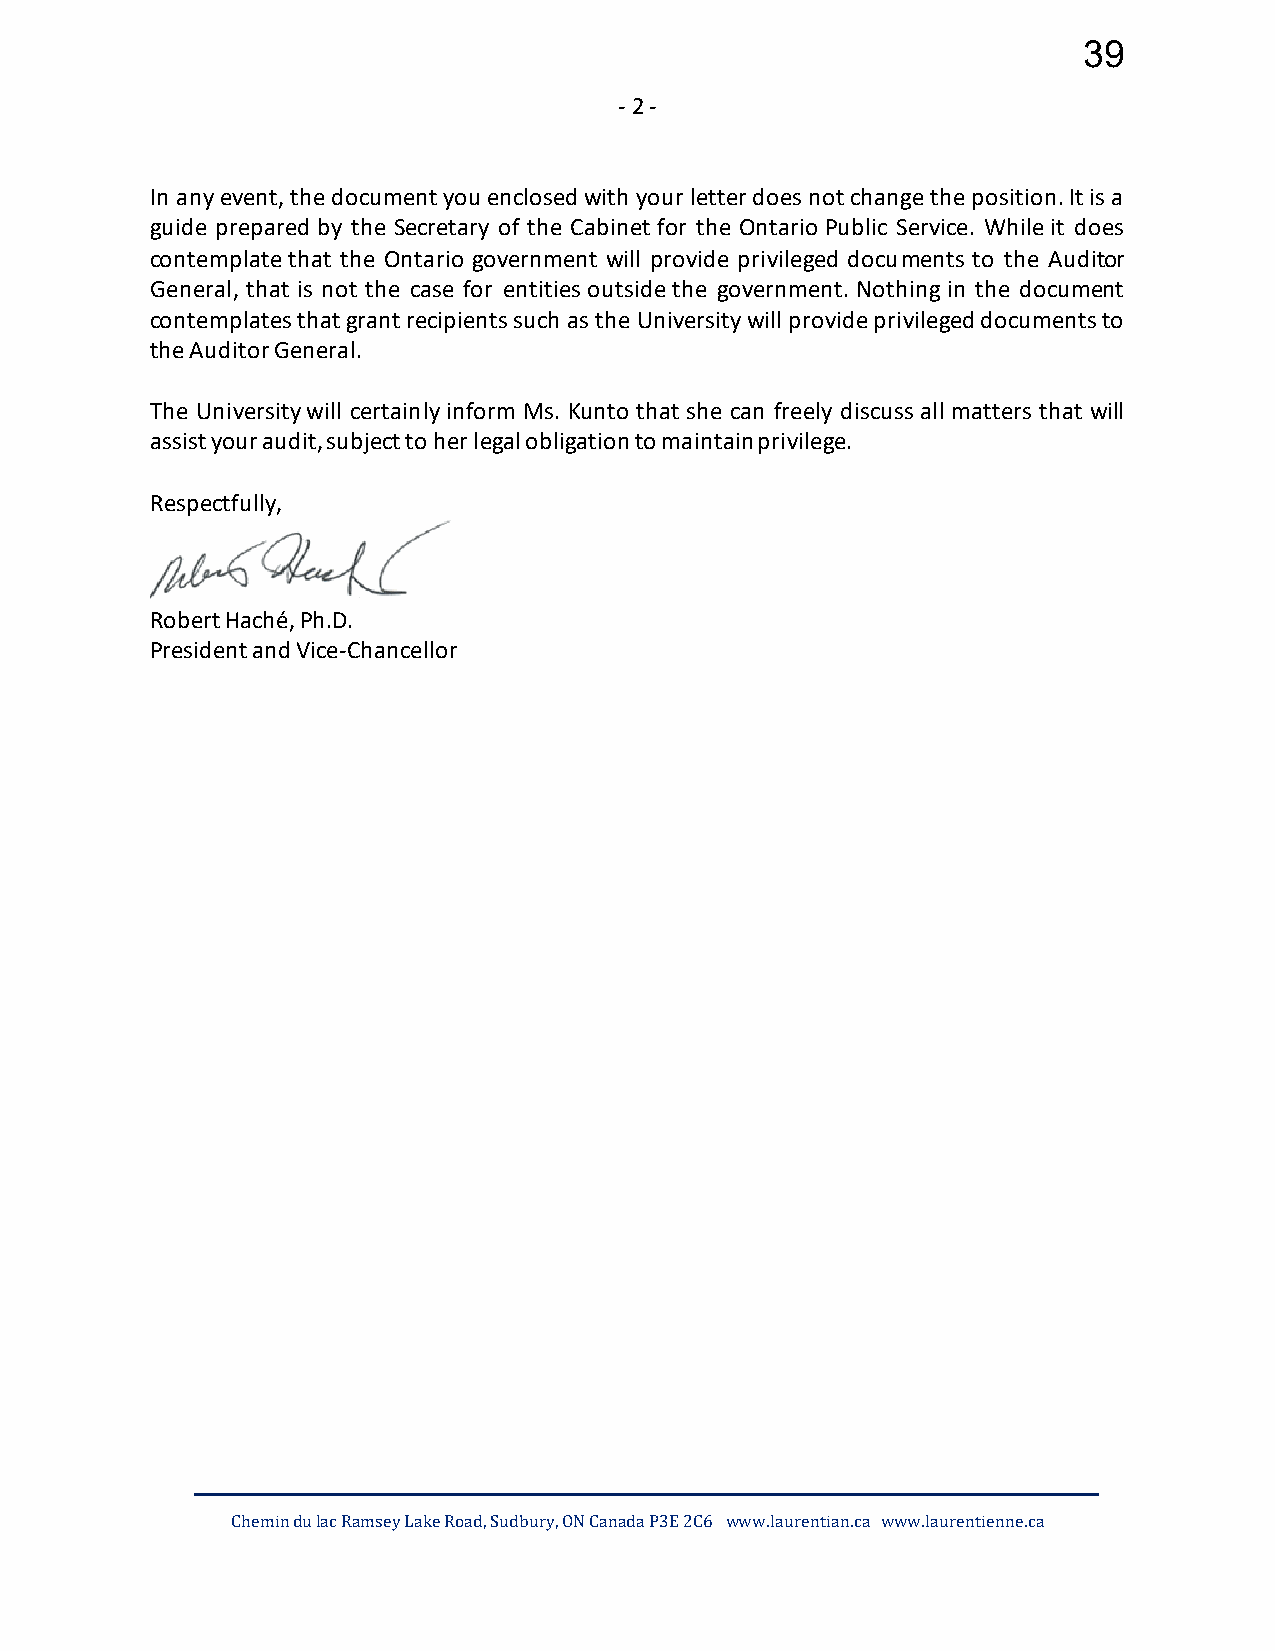
39
 - 2 -
 In any event, the document you enclosed with your letter does not change the position. It is a
 guide prepared by the Secretary of the Cabinet for the Ontario Public Service. While it does
 contemplate that the Ontario government will provide privileged documents to the Auditor
 General, that is not the case for entities outside the government. Nothing in the document
 contemplates that grant recipients such as the University will provide privileged documents to
 the Auditor General.
 The University will certainly inform Ms. Kunto that she can freely discuss all matters that will
 assist your audit, subject to her legal obligation to maintain privilege.
 Respectfully,
 Robert Haché, Ph.D.
 President and Vice-Chancellor
 Chemin du lac Ramsey Lake Road, Sudbury, ON Canada P3E 2C6 www.laurentian.ca www.laurentienne.ca